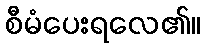
စီမံပေးရလေ၏။